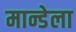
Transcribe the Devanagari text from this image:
मान्डेला